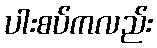
ပါးစပ်ကလည်း